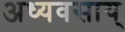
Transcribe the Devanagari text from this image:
अध्यवसाय्